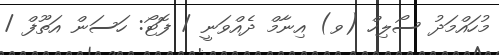
މުހައްމަދު ސޯލިހް (ވ) އިނާމް ދެއްވަނީ / ފޮޓޯ: ހަސަން އަތޫފް /